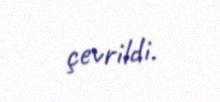
çevrildi.